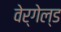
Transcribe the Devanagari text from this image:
वेर्गेल्ड